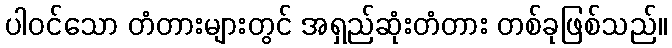
ပါဝင်သော တံတားများတွင် အရှည်ဆုံးတံတား တစ်ခုဖြစ်သည်။